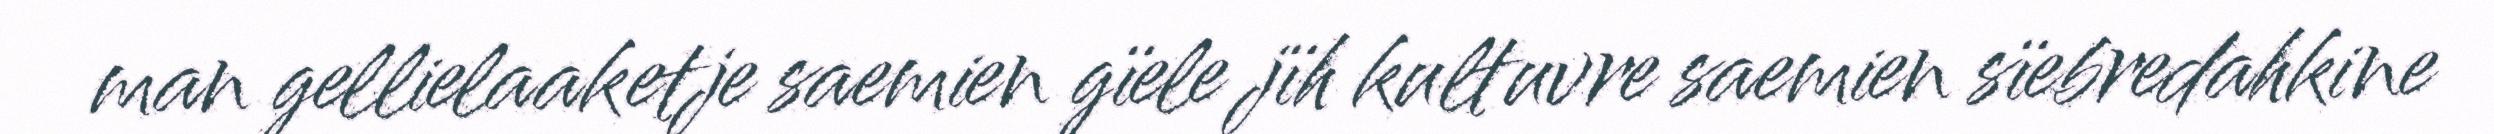
man gellielaaketje saemien gïele jïh kultuvre saemien sïebredahkine